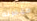
مؤخرته